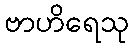
ဗာဟိရေသု